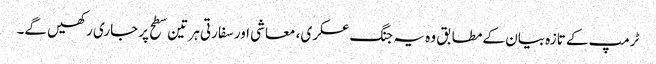
ٹرمپ کے تازہ بیان کے مطابق وہ یہ جنگ عسکری، معاشی اور سفارتی ہر تین سطح پر جاری رکھیں گے۔